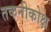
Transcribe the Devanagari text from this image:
तकनीकोक्ष